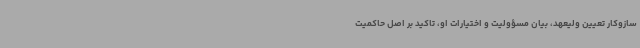
سازوکار تعیین ولیعهد، بیان مسؤولیت و اختیارات او، تاکید بر اصل حاکمیت